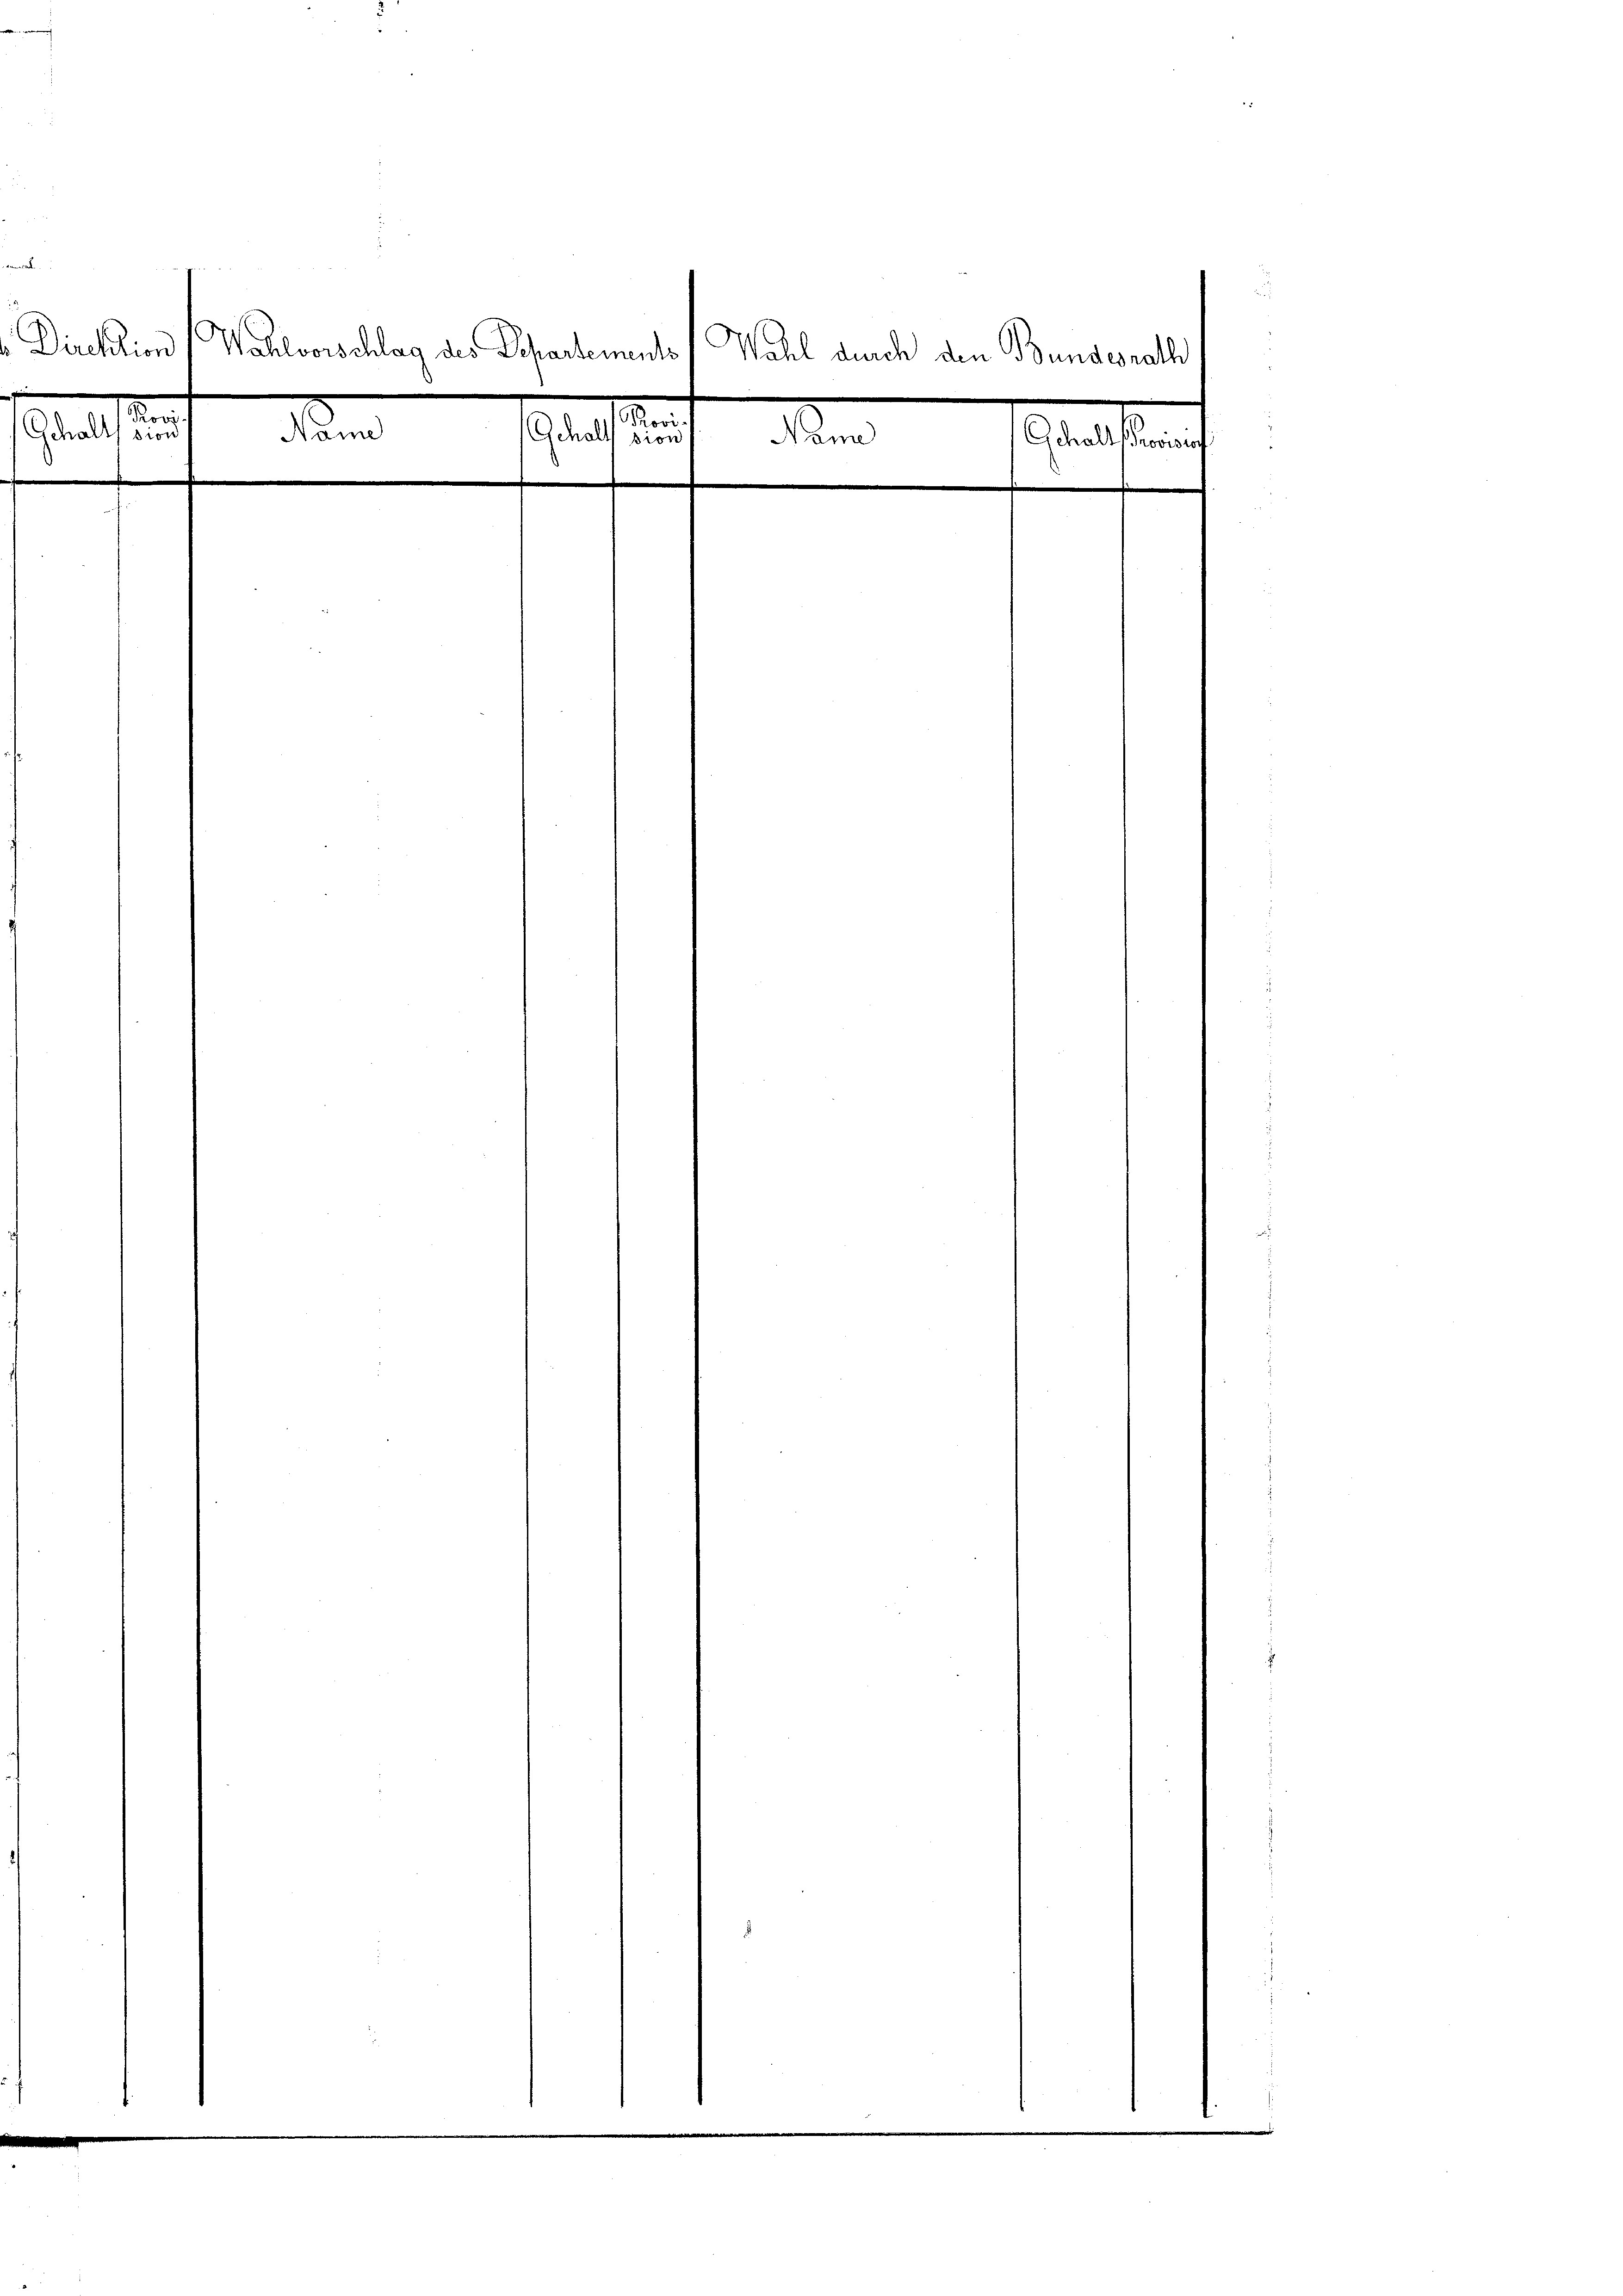
Direktion
Wahlvorschlag des Departements
Wahl durch den Bundesrath

Roo
¬
Gchaltssion
n
Gehalt sion
Nann
Gchall sorgung